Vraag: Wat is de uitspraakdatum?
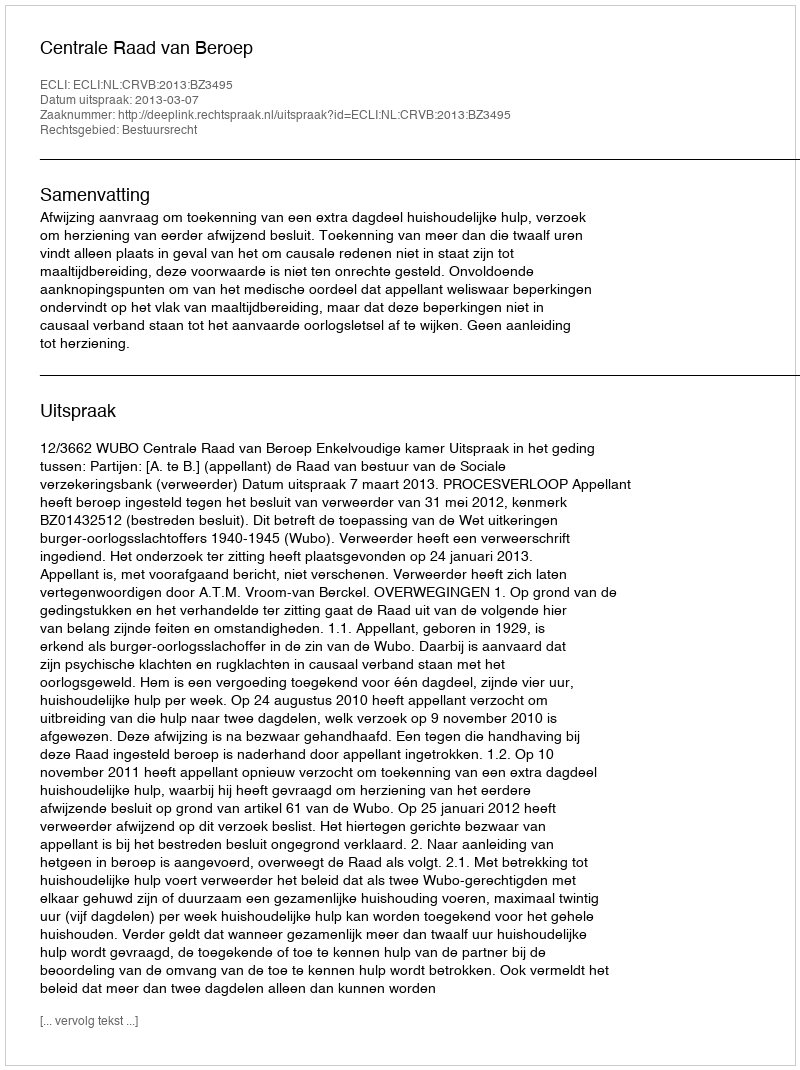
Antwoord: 2013-03-07